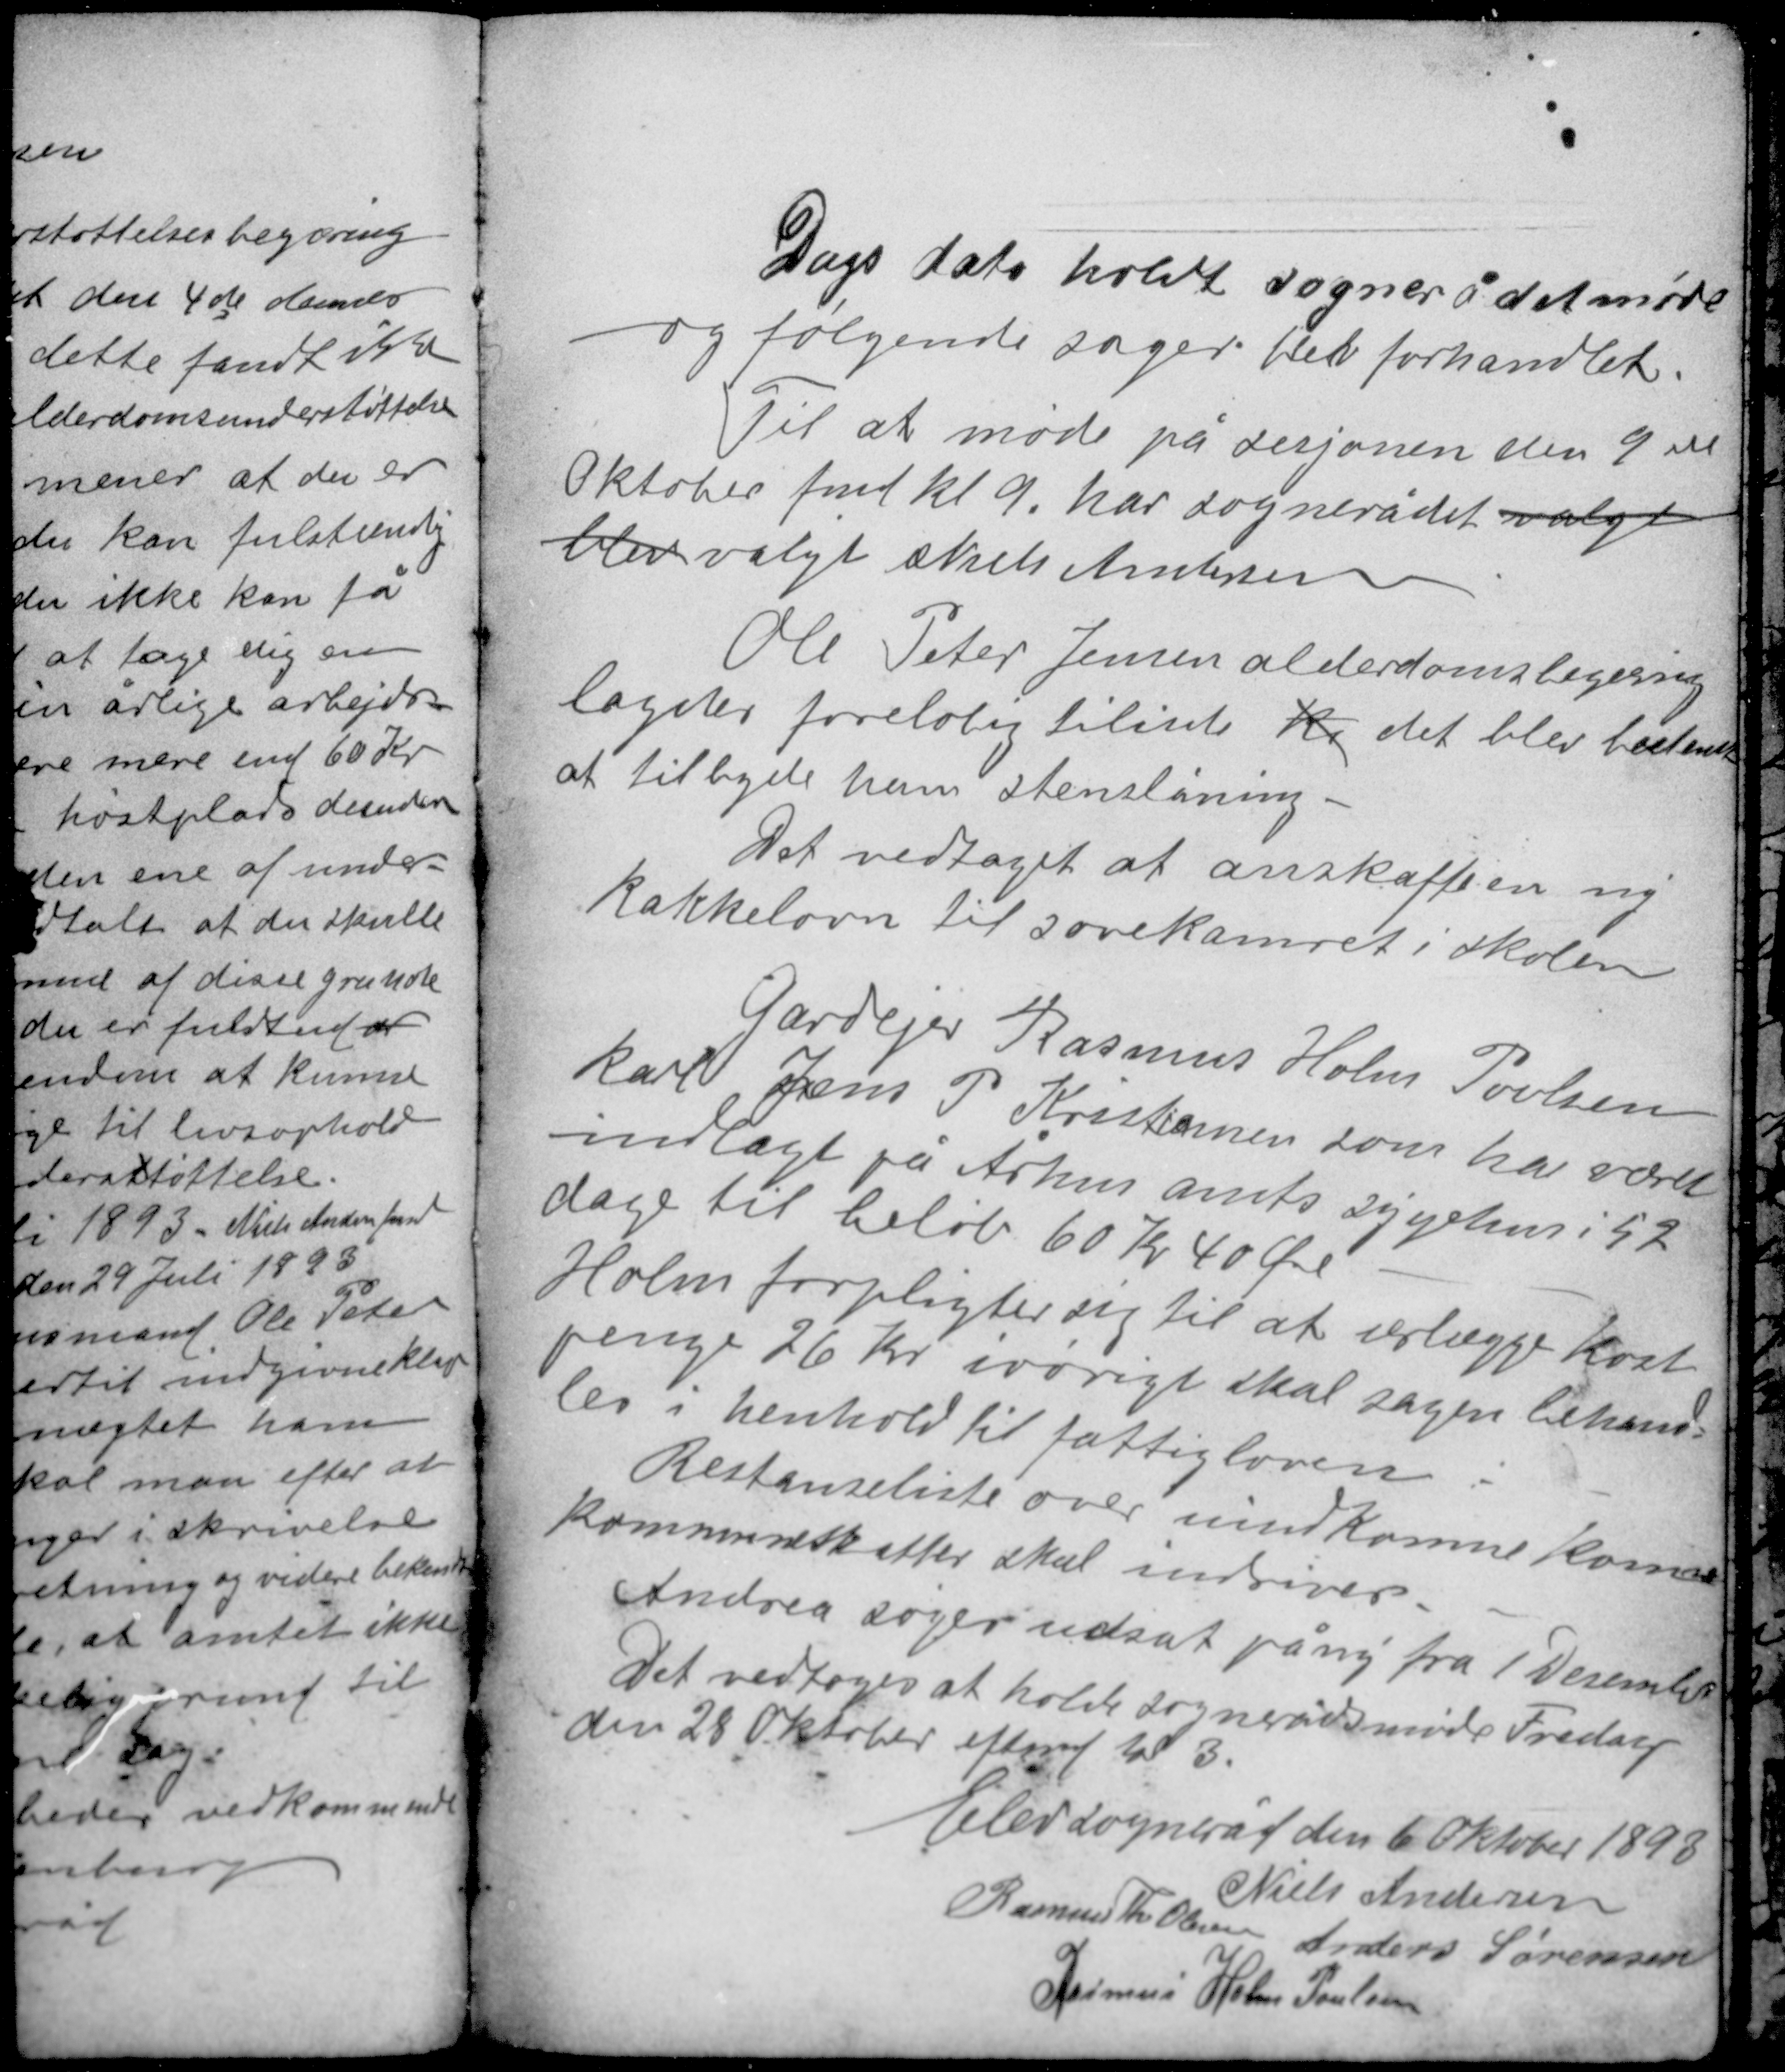
Transskription:
Dags dato holdt sognerådet møde
og følgende sager blev forhandlet.
Til at møde på sesjonen den 9 ende
Oktober fmd kl. 9 har sognerådet valgt
blev valgt Niels Andersen

Ole Peter Jensen alderdomsbegæring
lagdes foreløbig tilside ki det blev bestemt
at tilbyde ham stenslåning.
Det vedtaget at anskaffe en ny
kakkelovn til sovekamret i skolen

Gårdejer Rasmus Holm Poulsen
karl Jens P Kristiansen som har været
indlagt på Århus amts sygehus i 92
dage til beløb 60 Kr 40 Øre
Holm forpligter sig til at erlægge kost-
penge 26 Kr ivørigt skal sagen behand-
les i henhold til fattigloven.
Restanceliste over uindkomne komne
kommuneskatter skal indiver
Andrea søges udsat på ny fra 1 December
Det vedtoges at holde sognerådsmøde Fredag
den 28 Oktober eftermd kl. 3.

Elev sogneråd den 6 Oktober 1893
Niels Andersen
Rasmus Th. Olesen Anders Sørensen
Rasmus Holm Poulsen